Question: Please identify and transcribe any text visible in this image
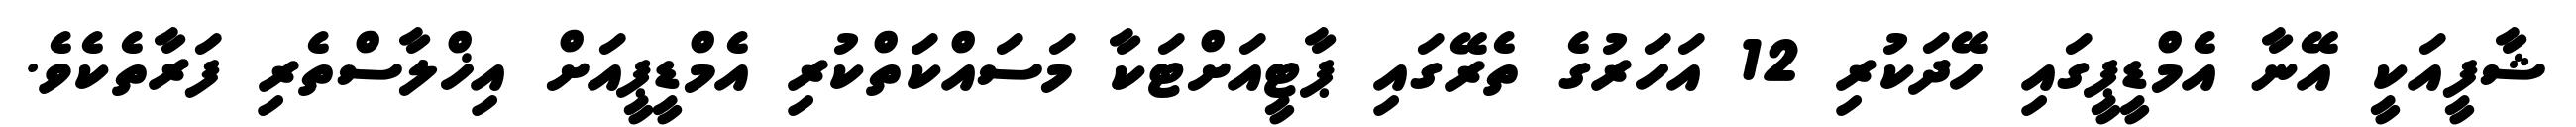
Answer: ޝާފީއަކީ އޭނާ އެމްޑީޕީގައި ހޭދަކުރި 12 އަހަރުގެ ތެރޭގައި ޕާޓީއަށްޓަކާ މަސައްކަތްކުރި އެމްޑީޕީއަށް އިޚްލާސްތެރި ފަރާތެކެވެ.